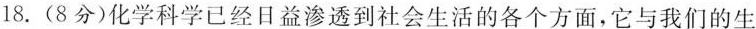
18.(8分)化学科学已经日益渗透到社会生活的各个方面，它与我们的生